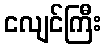
ငလျင်ကြီး